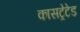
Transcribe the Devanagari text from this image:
कासट्रेटेड